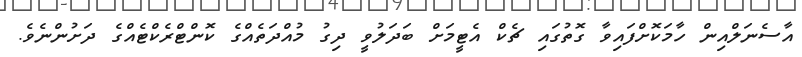
އާސެނަލްއިން ހާމަަކޮށްފައިވާ ގޮތުގައި ޗެކް އެޓީމަށް ބަދަލުވީ ދިގު މުއްދަތެއްގެ ކޮންޓްރެކްޓެއްގެ ދަށުންނެވެ.